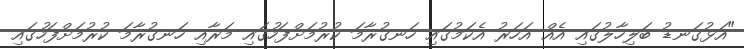
"އަޅުގަނޑު ބަލިހާލުގައި އެއް އަހަރު އެކަމުގައި ހަނގުރާމަ ކުރުމަށްފަހުގައި މަރާއި ހަނގުރާމަ ކުރުމަށްފަހުގައި